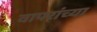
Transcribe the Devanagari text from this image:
वापरांच्या